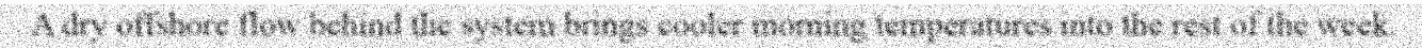
A dry offshore flow behind the system brings cooler morning temperatures into the rest of the week.